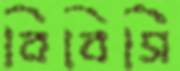
বিবিসি